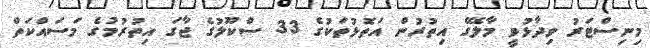
މިނިސްޓަރު ވިދާޅުވީ މާލޭގެ އިތުރުން އަތޮޅުތަކުގެ 33 ސްކޫލުގެ ޖާގަ އިތުރުމުގެ މަސައްކަތް